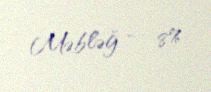
Məbləğ — 8%